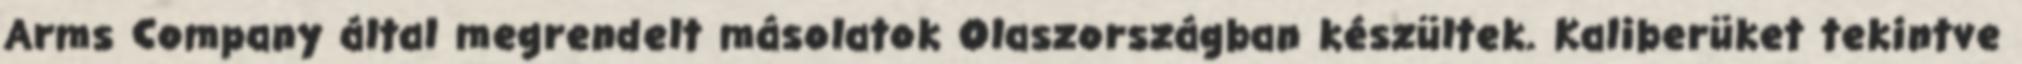
Arms Company által megrendelt másolatok Olaszországban készültek. Kaliberüket tekintve